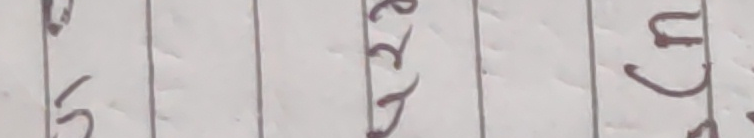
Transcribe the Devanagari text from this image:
५६२३